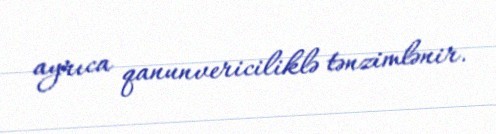
ayrıca qanunvericiliklə tənzimlənir.